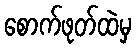
စောက်ဖုတ်ထဲမှ